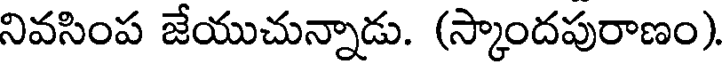
నివసింప జేయుచున్నాడు. (స్కాందపురాణం).